Civil Veterinary Department Bihar reports 1940-50 - 1940-1950
Year: 1940
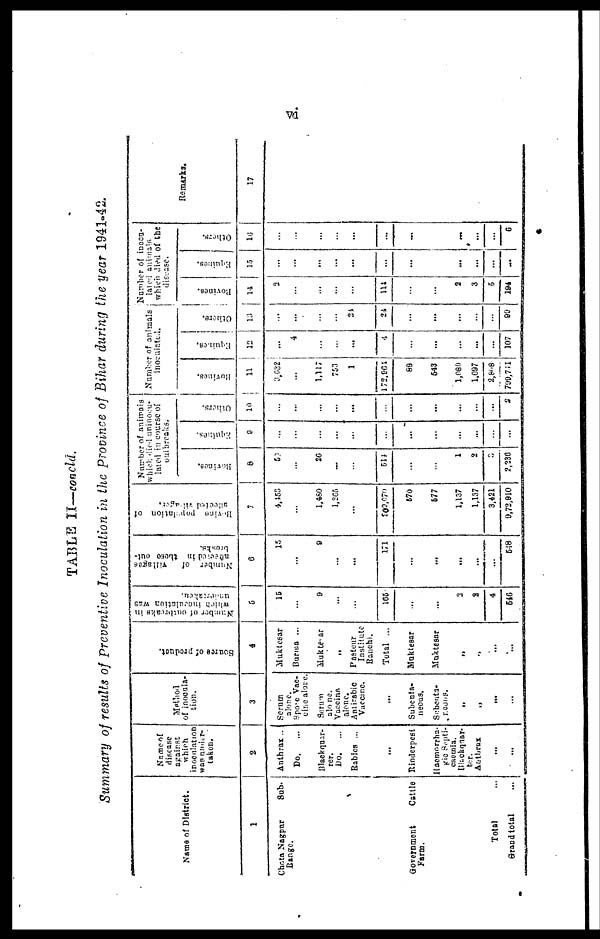
vi
TABLE ll—concld.
Summary of results of Preventive Inoculation in the province of Bihar during the year 1941-42.
Name of District.
1
Chota Nagpur
sub-
Range.
Government
Cattle
Farm.
Total ...
Grand total ...
Name of
disease
against
which
inoculation
was under
taken.
2
Anthrax ..
Do.
...
Blackquar-
ter.
Do.
...
Babies ...
...
Rinderpest
Haemorrha-
gic Septi-
caemia.
Blackquar-
Anthrax
...
...
Method
of inocula-
tion.
3
Serum
alone.
Spore Vac-
cine alone.
Serum
alone.
Vaccins
alone.
Antirabic
Vaccine.
...
Subenta
neous.
Subeuta-
reous.
„
„
....
...
Source of product.
4
Muktesar
Burma ...
Muktesar
„
Pasteur
Institute
Ranchi.
Total ...
Maktesar
Muktesar
„
„
...
...
Number of outbreaks In
which inoculation was
5
15
...
9
...
...
165
...
...
3
2
4
546
Number of villages
aftccied in those out-
breaks.
6
15
...
9
...
...
171
...
...
...
...
...
548
Bovine population of
affected villages.
7
4.453
...
1.460
1,265
...
200,070
670
677
1,137
1,137
3.421
9,72,910
Number of animals
which died uninocu-
lBicd in course of
outbreaks.
Bovines.
8
57
...
20
...
...
514
...
...
1
2
9
2,236
Equines
0
...
...
...
...
...
...
...
...
...
...
...
Others.
10
...
...
...
...
...
...
...
...
...
...
2
Number of animals
inoculation.
Bovines
11
3,032
...
1.117
753
1
172.064
88
643
1,080
1,097
2,868
790,711
Equines
4
...
...
...
4
...
...
...
...
...
107
Others.
13
...
...
...
...
24
24
...
...
...
...
...
90
Number of inocu-
lated animals.
which died of the
disease.
Bovines
14
2
...
...
...
...
114
...
...
2
3
5
194
Equines
15
...
...
...
...
...
...
...
...
...
...
...
Others.
16
...
...
...
...
...
...
...
...
...
...
6
Remarks.
17